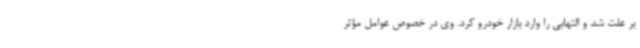
بر علت شد و التهابی را وارد بازار خودرو کرد. وی در خصوص عوامل مؤثر